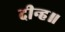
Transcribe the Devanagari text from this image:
दीन्ह॥